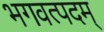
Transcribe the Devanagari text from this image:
भगवत्पदम्